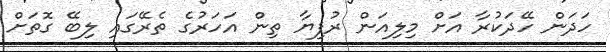
ހަދަން ހޭދަކުރާ އަށް މިލިއަން ރުފިޔާ ތިން އަހަރުގެ ތެރޭގައި ލިބޭ ގޮތަށް